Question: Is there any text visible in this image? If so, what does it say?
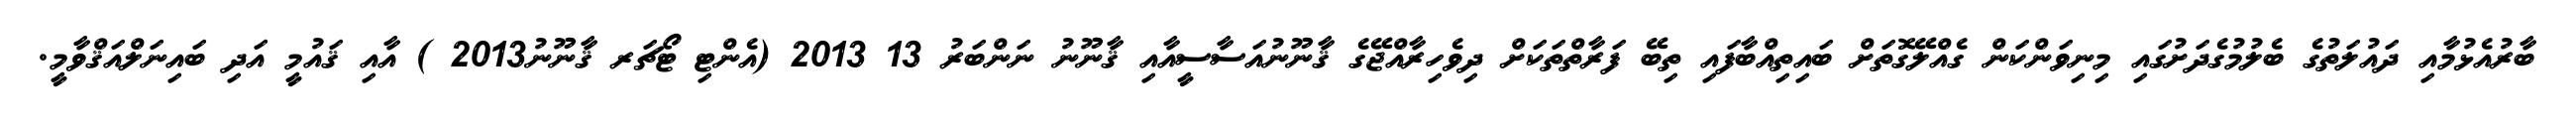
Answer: ބާރުއެޅުމާއި ދައުލަތުގެ ބެލުމުގެދަށުގައި މިނިވަންކަން ގެއްލޭގޮތަށް ބައިތިއްބާފައި ތިބޭ ފަރާތްތަކަށް ދިވެހިރާއްޖޭގެ ޤާނޫނުއަސާސީއާއި ޤާނޫނު ނަންބަރު 13 2013 (އެންޓި ޓޯޗަރ ޤާނޫނު2013 ) އާއި ޤައުމީ އަދި ބައިނަލްއަޤްވާމީ.